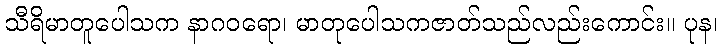
သီရိမာတူပေါသက နာဂဝရော၊ မာတုပေါသကဇာတ်သည်လည်းကောင်း။ ပုန၊